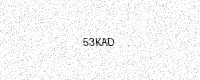
Text: 53KAD